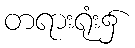
တရားရုံး၌